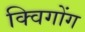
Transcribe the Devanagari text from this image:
क्विगोंग